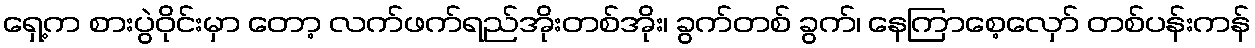
ရှေ့က စားပွဲဝိုင်းမှာ တော့ လက်ဖက်ရည်အိုးတစ်အိုး၊ ခွက်တစ် ခွက်၊ နေကြာစေ့လှော် တစ်ပန်းကန်